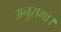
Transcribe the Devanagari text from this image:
अनुरागा।